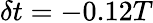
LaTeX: \delta t=-0.12T